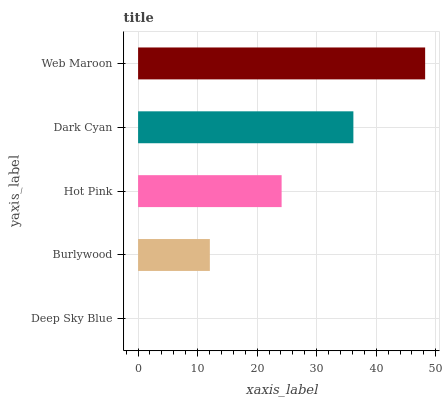
| yaxis_label | bars |
 | --- | --- |
 | Deep Sky Blue | 0 |
 | Burlywood | 12.1 |
 | Hot Pink | 24.1 |
 | Dark Cyan | 36.2 |
 | Web Maroon | 48.2 |